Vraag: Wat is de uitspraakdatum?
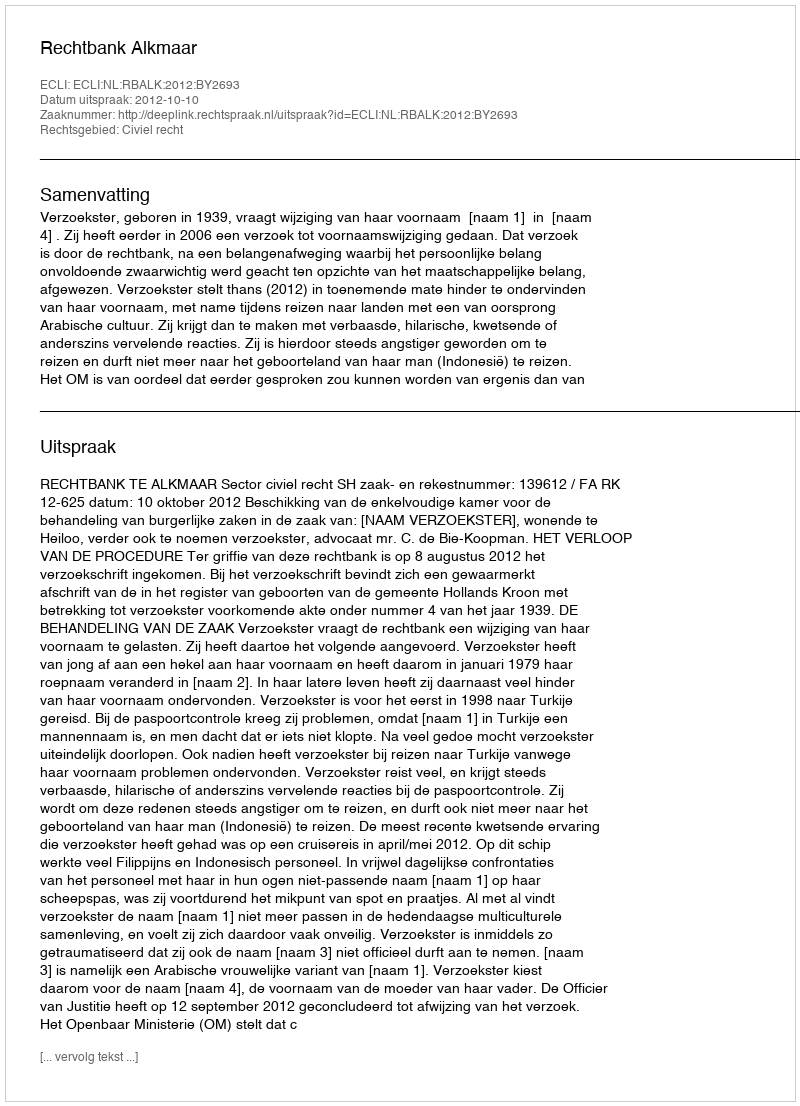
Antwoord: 2012-10-10